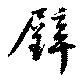
璧